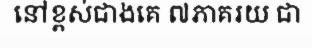
នៅខ្ពស់ជាងគេ ៧ភាគរយ ជា